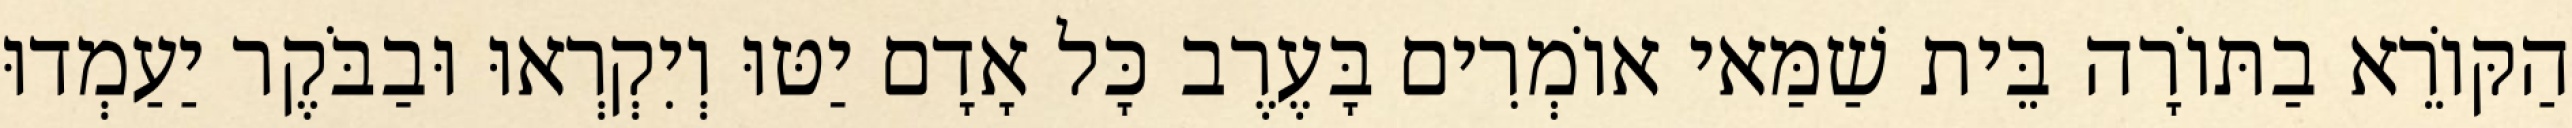
הַקּוֹרֵא בַתּוֹרָה בֵּית שַׁמַּאי אוֹמְרִים בָּעֶרֶב כָּל אָדָם יַטּוּ וְיִקְרְאוּ וּבַבֹּקֶר יַעַמְדוּ